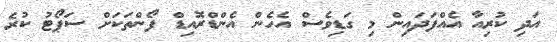
އަދި ކުރިއާ އެއްފަދައިން މި ގަޑިވެސް އެހެން އެންޑްރޮއިޑް ފޯންތަކަށް ސަޕޯޓު ކުރެ